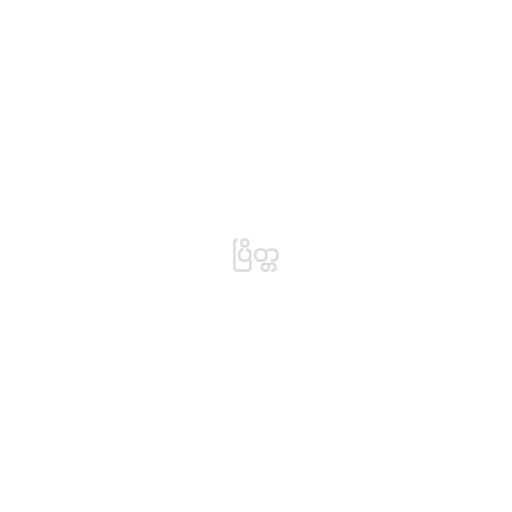
ပြိတ္တ